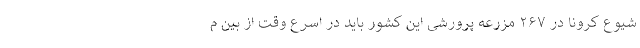
شیوع کرونا در ۲۶۷ مزرعه پرورشی این کشور باید در اسرع وقت از بین م